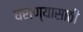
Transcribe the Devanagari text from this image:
घराण्यासाठी